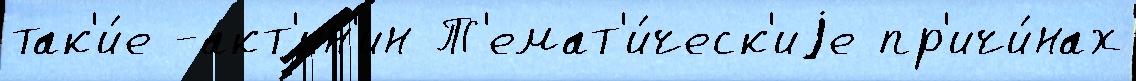
так'и́е -акт'ин'ин Т'емат'и́ческ'иjе пр'ичи́нах